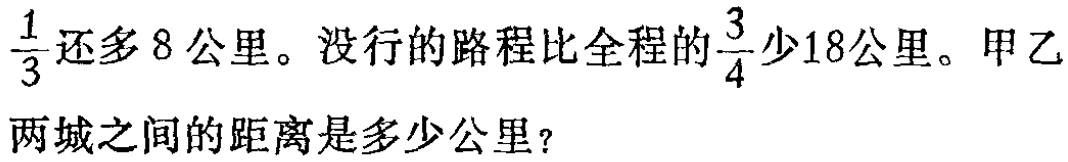
$\frac{1}{3}还多8公里。没行的路程比全程的\frac{3}{4}少18公里。甲乙两城之间的距离是多少公里？$